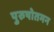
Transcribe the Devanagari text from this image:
पुरुषोतमन